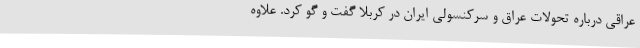
عراقی درباره تحولات عراق و سرکنسولی ایران در کربلا گفت و گو کرد. علاوه